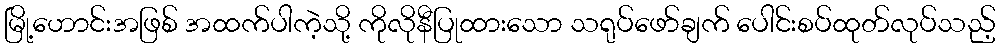
မြို့ဟောင်းအဖြစ် အထက်ပါကဲ့သို့ ကိုလိုနီပြုထားသော သရုပ်ဖော်ချက် ပေါင်းစပ်ထုတ်လုပ်သည့်